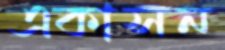
একাসন